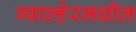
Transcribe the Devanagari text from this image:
ग्वाल्हेरमधील